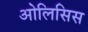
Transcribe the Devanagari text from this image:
ओलिसिस